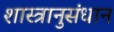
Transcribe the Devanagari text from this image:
शास्त्रानुसंधान